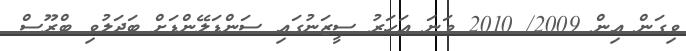
ވިގަން އިން 2009/ 2010 ވަނަ އަހަރު ސީޒަނުގައި ސަންޑަލޭންޑަށް ބަދަލުވި ބްރޫސް